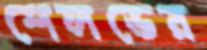
শেলভের